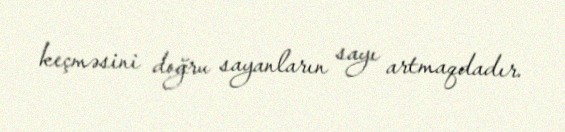
keçməsini doğru sayanların sayı artmaqdadır.